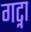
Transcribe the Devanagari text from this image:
गट्ना